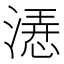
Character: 𣼰